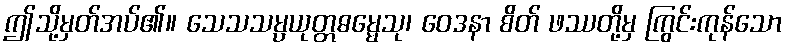
ဤသို့မှတ်အပ်၏။ သေသသမ္ပယုတ္တဓမ္မေသု၊ ဝေဒနာ စိတ် ဖဿတို့မှ ကြွင်းကုန်သော